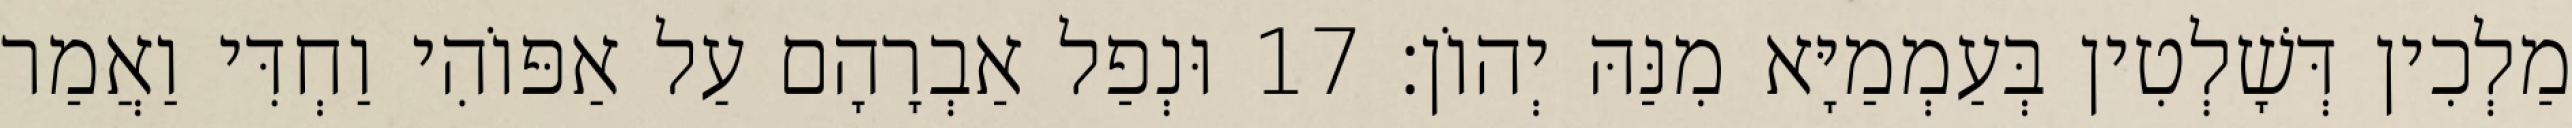
מַלְכִין דְּשָׁלְטִין בְּעַמְמַיָּא מִנַּהּ יְהוֹן׃ 17 וּנְפַל אַבְרָהָם עַל אַפּוֹהִי וַחְדִּי וַאֲמַר